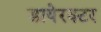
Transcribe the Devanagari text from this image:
डायेरक्टर